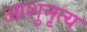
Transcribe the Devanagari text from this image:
आशुनृत्य